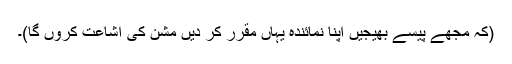
(کہ مجھے پیسے بھیجیں اپنا نمائندہ یہاں مقرر کر دیں مشن کی اشاعت کروں گا)۔